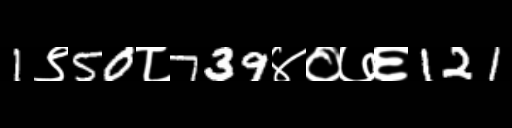
Text: 1९50८739४०७६121